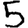
Digit: 5